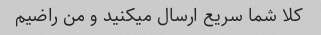
کلا شما سریع ارسال میکنید و من راضیم